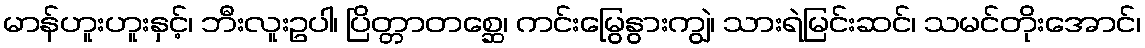
မာန်ဟူးဟူးနှင့်၊ ဘီးလူးဥပါ၊ ပြိတ္တာတစ္ဆေ၊ ကင်းမြွေနွားကျွဲ၊ သားရဲမြင်းဆင်၊ သမင်တိုးအောင်၊